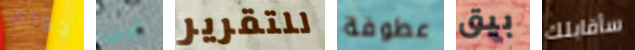
جودى كرت للتقرير عطوفة بيق سأقابلك